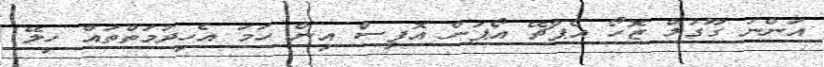
އަންނަ ގޫގުލް ޒޮހޯ އެޕާޗޭ އޯޕަން އޮފީސް އިން ހަމަ އެހިދުމަތްތައް ހިލޭ